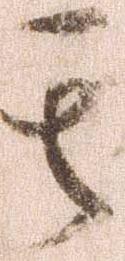
其